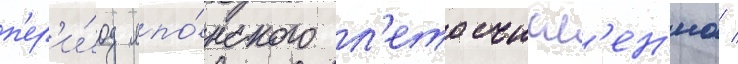
п'ер'и́од япо́нского л'етосчисл'ен'иа /